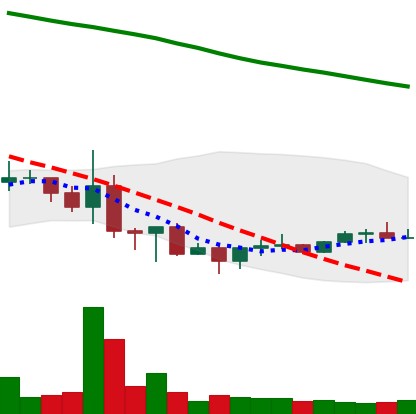
Ticker: NEO-USD
Chart end date: 2022-06-27
Forward return: -13.276%
Label: down_7plus